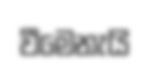
වීමෙනැයි